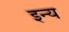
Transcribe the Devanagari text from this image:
इन्य